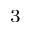
^ 3